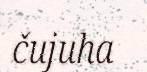
čujuha